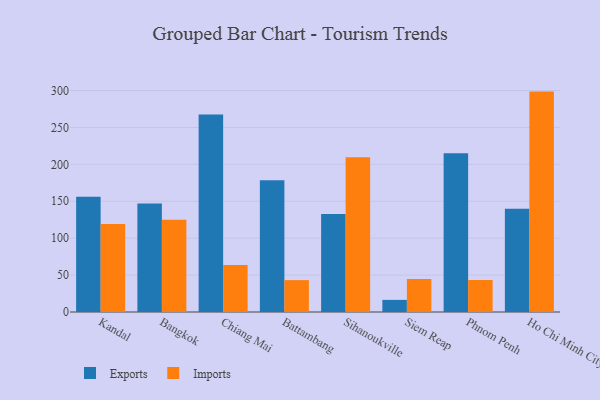
{"axis": {"x": "City", "y": "Churn Rate (%)"}, "legend": ["Exports", "Imports"], "data": [{"x": "Kandal", "y": 156.2, "type": "Exports"}, {"x": "Kandal", "y": 119.1, "type": "Imports"}, {"x": "Bangkok", "y": 146.9, "type": "Exports"}, {"x": "Bangkok", "y": 125.0, "type": "Imports"}, {"x": "Chiang Mai", "y": 267.7, "type": "Exports"}, {"x": "Chiang Mai", "y": 63.7, "type": "Imports"}, {"x": "Battambang", "y": 178.5, "type": "Exports"}, {"x": "Battambang", "y": 43.2, "type": "Imports"}, {"x": "Sihanoukville", "y": 132.9, "type": "Exports"}, {"x": "Sihanoukville", "y": 209.6, "type": "Imports"}, {"x": "Siem Reap", "y": 16.4, "type": "Exports"}, {"x": "Siem Reap", "y": 44.7, "type": "Imports"}, {"x": "Phnom Penh", "y": 215.0, "type": "Exports"}, {"x": "Phnom Penh", "y": 43.4, "type": "Imports"}, {"x": "Ho Chi Minh City", "y": 139.9, "type": "Exports"}, {"x": "Ho Chi Minh City", "y": 298.6, "type": "Imports"}]}